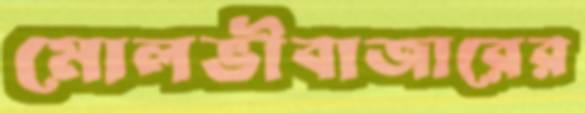
মোলভীবাজারের